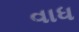
વાધ